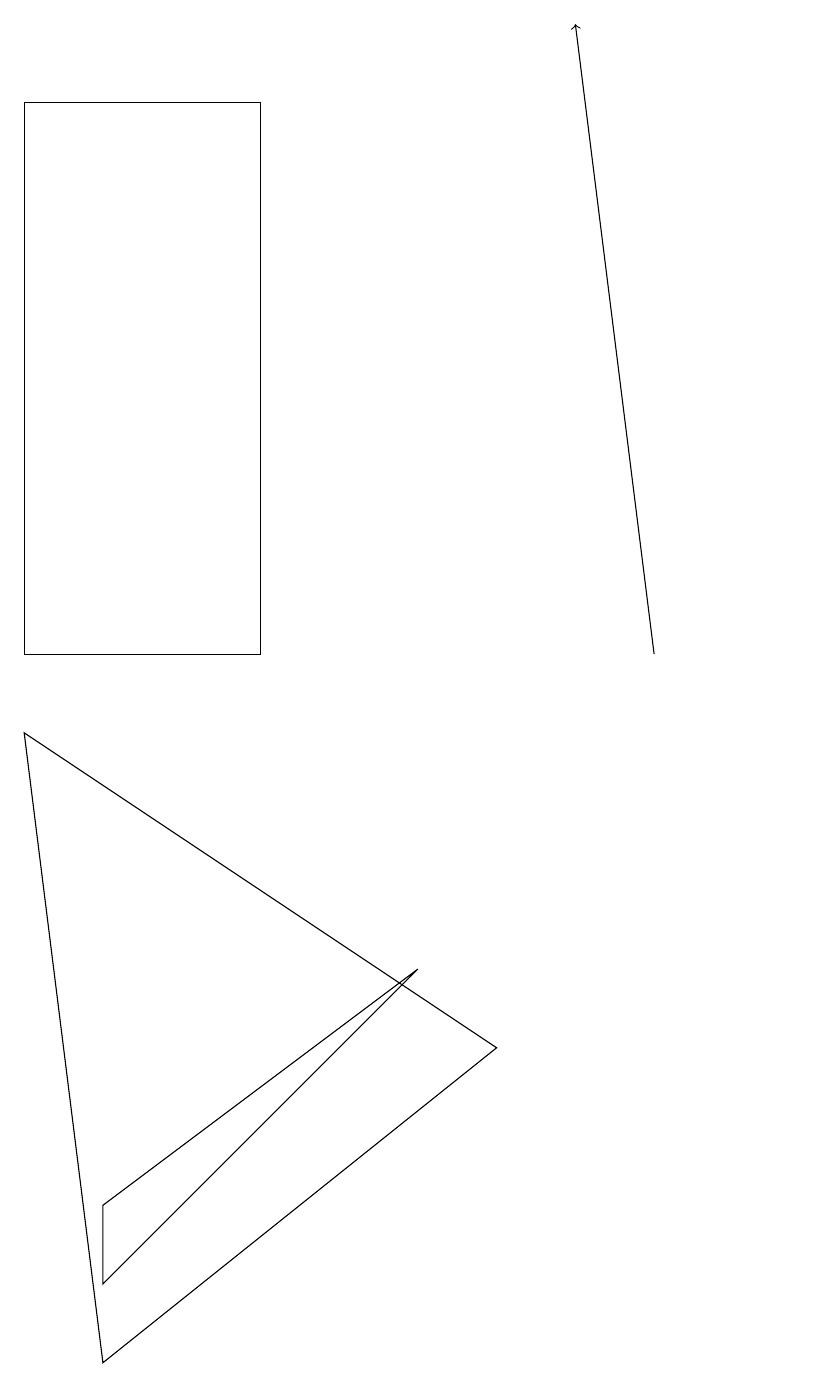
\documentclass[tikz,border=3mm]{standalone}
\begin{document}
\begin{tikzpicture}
\draw (1,1) -- (6,5) -- (0,9) -- cycle;
\draw (10,11) circle (0);
\draw (3,10) rectangle (0,17);
\draw (5,6) -- (1,2) -- (1,3) -- cycle;
\draw[->] (8,10) -- (7,18);
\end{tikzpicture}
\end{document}